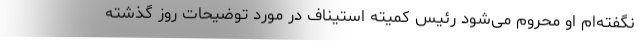
نگفته‌ام او محروم می‌شود رئیس کمیته استیناف در مورد توضیحات روز گذشته